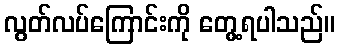
လွတ်လပ်ကြောင်းကို တွေ့ရပါသည်။